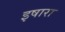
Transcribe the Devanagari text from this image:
इषारा